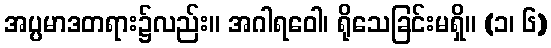
အပ္ပမာဒတရား၌လည်း။ အဂါရဝေါ၊ ရိုသေခြင်းမရှိ။ (၁၊ ၆)